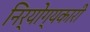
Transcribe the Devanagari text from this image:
निर्योग्यकारी